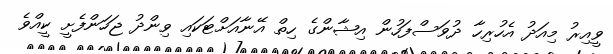
ވީއިރު މިއަދު އެހުރިހާ ދުވަސްފަހުން އިޝާންގެ ހިތް އޭނާއަށްޓަކައި ވިންދު ޖަހަންފެށީ ކީއްވެ